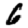
Digit: 6